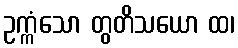
ဥက္ကံသော တွတိသယော ထ၊